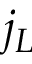
j _ { L }